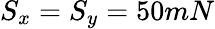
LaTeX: S_{x}=S_{y}=50mN